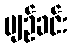
ပျဉ်ခင်း